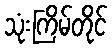
သုံးကြိမ်တိုင်